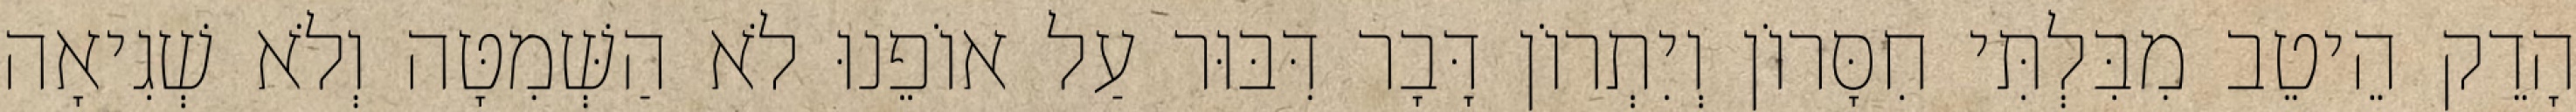
הָדֵק הֵיטֵב מִבִּלְתִּי חִסָּרוֹן וְיִתְרוֹן דָּבָר דִּבּוּר עַל אוֹפֵנוּ לֹא הַשְּׁמִטָּה וְלֹא שְׁגִיאָה